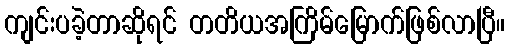
ကျင်းပခဲ့တာဆိုရင် တတိယအကြိမ်မြောက်ဖြစ်လာပြီ။